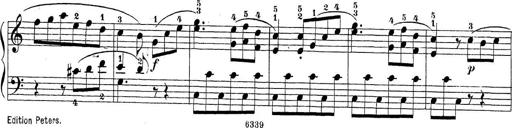
Title: Sonatina Album
Composer: Louis KÃ¶hler